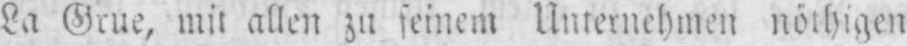
La Grue, mit allen zu seinem Unternehmen nöthigen